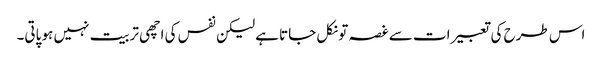
اس طرح کی تعبیرات سے غصہ تو نکل جاتا ہے لیکن نفس کی اچھی تربیت نہیں ہو پاتی۔